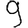
Digit: 9